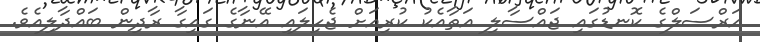
އަރްސަލްގެ ކޮނޑުގައި ޖައްސާލި އަތާއެކު ކުރިއަށް ޖެހިލައި އޭނާގެ ގައިގާ ރާދިން ބައްދާލިއެވެ.